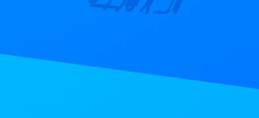
صالحة للتبرعات: ساهم في د